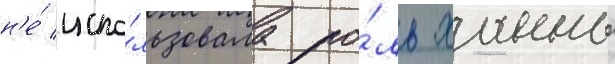
н'е́ испо́льзовала ро́ль ханны